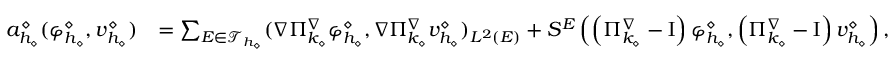
\begin{array} { r l } { a _ { h _ { \diamond } } ^ { \diamond } ( \varphi _ { h _ { \diamond } } ^ { \diamond } , v _ { h _ { \diamond } } ^ { \diamond } ) } & { = \sum _ { E \in \mathcal { T } _ { h _ { \diamond } } } ( \nabla \Pi _ { k _ { \diamond } } ^ { \nabla } \varphi _ { h _ { \diamond } } ^ { \diamond } , \nabla \Pi _ { k _ { \diamond } } ^ { \nabla } v _ { h _ { \diamond } } ^ { \diamond } ) _ { L ^ { 2 } ( E ) } + S ^ { E } \left( \left( \Pi _ { k _ { \diamond } } ^ { \nabla } - \mathrm { I } \right) \varphi _ { h _ { \diamond } } ^ { \diamond } , \left( \Pi _ { k _ { \diamond } } ^ { \nabla } - \mathrm { I } \right) v _ { h _ { \diamond } } ^ { \diamond } \right) , } \end{array}